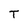
Character: T